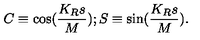
C \equiv \cos ( \frac { K _ { R } s } { M } ) ; S \equiv \sin ( \frac { K _ { R } s } { M } ) .